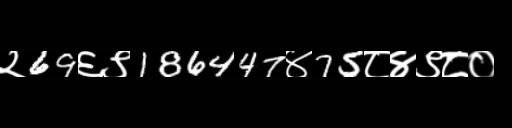
Text: २69६९186447४75८४९८०